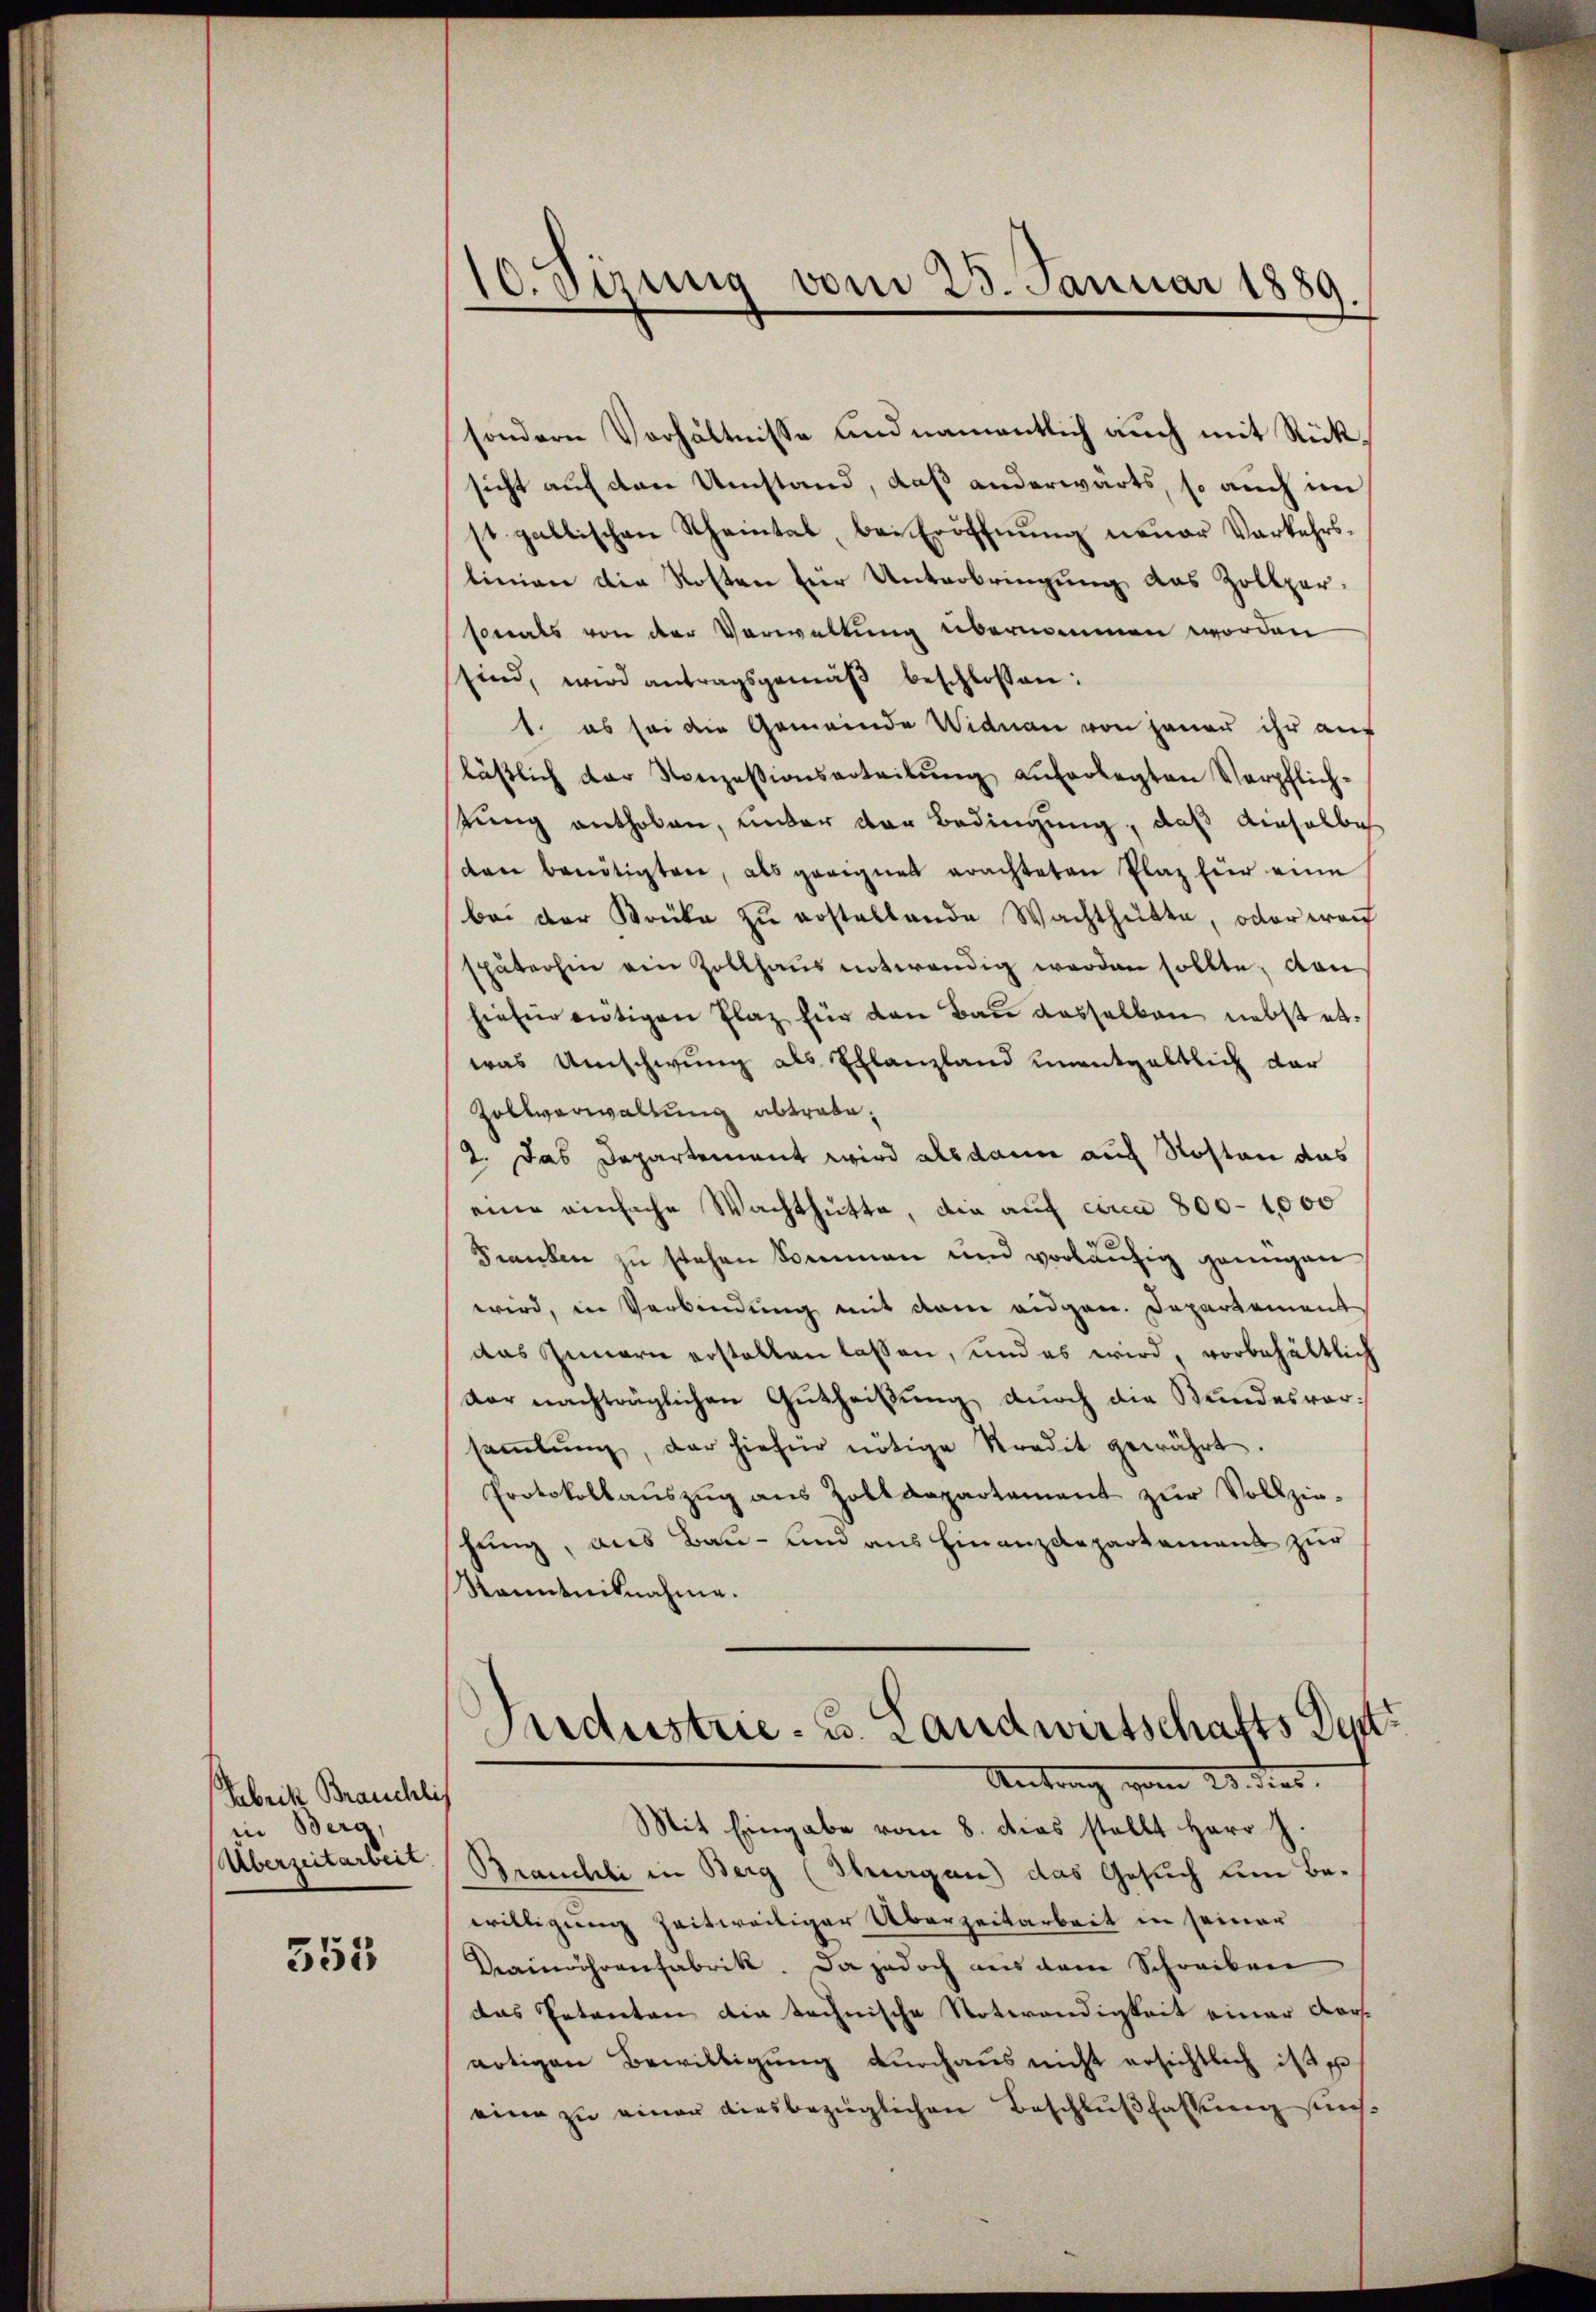
Aabrik Brauchlis
in Berg,

353

sondern Verhältnisse und namentlich auch mit Rücksicht auf den Umstand, daß anderwärts, so auch im
st. gallischen Scheintal, bei Eröffnung neuer Verkehrslinien die Kosten für Unterbringung das Zollpersonals von der Verwaltung übernommen worden
sind, wird antragsgemäβ beschlossen:
1. es sei die Gemeinde Widman von jener ihr auf
läβlich der Konzessionsarteilŭng auferlegten Verpflich-
stung enthoben, under der Bedingung, daß dieselbe
den benötigten, als geeignet erachteten Plaz für eine
bei der Brüke zu erstellende Wachthütte, oder wach
späterhin ein Zollhaus notwendig werden sollte, dan
hiefür eutigen Plaz für den Bau dasselben nebst etwas Umschwung als Exlanzland unentgeltlich dar
Zollverwaltung abtrate,
2. Das Departement wird alsdann auch Roston das
eine einfache Wachthütte, die auf circa 800-1,000
Franken zŭ stehen kommen um vorläŭfig genügen
wird, in Verbindung mit dem eidgen. Departement
das Innern erstellen lassen, und es wird, vorbehältlich
dor nachträglichen Gutheilung durch die Stundesvorsaṁlŭng, der hiefür nötige Stradit gewährt.
Protokollaŭszŭg ans Zolldepartement zŭr Vollzie-
hung, aus Bau- und aus Finanzdepartament zur
Ranntnisnahme.
Sndustrie- u. Landwirtschafts Det
Antrag vom 20. dies
Mit Eingabe vom 8. dies stellt Herr J.
Überzeitarbeit. Brauchli in Berg (Steuergen) das Gesuch dem Bewilligung zeitweiliger Überzeitarbeit in seiner
Drainährenfabrik. Da jedoch aus dem Schreiben
das Petenten die technische Notwendigkeit einer Darsnötigen Bewilligung durchaus nicht ersichtlich ist e
eine zu einer diesbezüglichen Beschlußfassung suns

10. Sitzung vom 23. Januar 1889